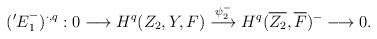
LaTeX: \begin{align*}\begin{aligned}({'E}^{-}_{1})^{\cdot, q}&:0\longrightarrow H^{q}(Z_{2}, Y, F)\overset{\psi_{2}^{-}}\longrightarrow H^{q}(\overline{Z_{2}}, \overline{F})^{-}\longrightarrow 0.\end{aligned}\end{align*}